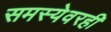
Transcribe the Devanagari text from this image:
समस्येवरही